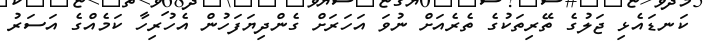
ކަނޑައެޅި ޖަލުގެ ތޭރިތަކުގެ ތެރެއަށް ނުވަ އަހަރަށް ގެންދިޔަފަހުން އެހުރިހާ ކަމެއްގެ އަސަރު